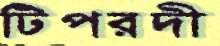
টিপরদী